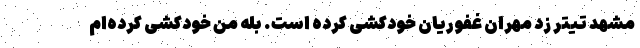
مشهد تیتر زد مهران غفوریان خودکشی کرده است. بله من خودکشی کرده‌ام